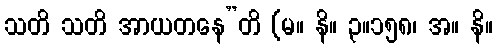
သတိ သတိ အာယတနေ”တိ (မ။ နိ။ ၃။၁၅၈၊ အ။ နိ။